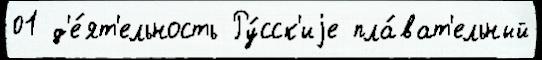
01 д'е́ят'ельность Ру́сск'иjе пла́ват'ельный